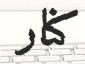
كنار